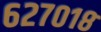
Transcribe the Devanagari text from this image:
६२७०१८